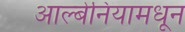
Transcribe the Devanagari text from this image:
आल्बेनियामधून